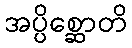
အပ္ပိစ္ဆောတိ